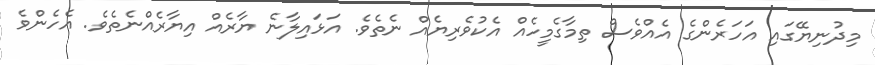
މިދުނިޔޭގައި އަހަރެންގެ އެއްވެސް ތިމާގެމީހެއް އެކުވެރިޔެއް ނެތެވެ. އަޅައިލާނެ ޔާރެއް އިޔާރެއްނެތެވެ. އެހެންވެ